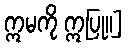
ဣမကို ဣပြု။]